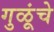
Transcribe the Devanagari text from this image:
गुळूंचे